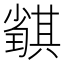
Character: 𡮴